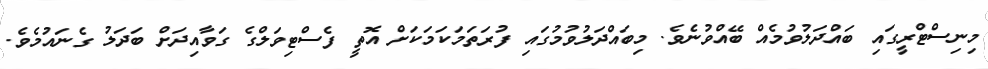
މިނިސްޓްރީގައި ބައްދަލުވުމެއް ބޭއްވުނެވެ. މިބައްދަލުވުމުގައި ފުރަތަމަކަމަކަށް އޮތީ ފެސްޓިވަލްގެ ގަވާއިދަށް ބަދަލު ގެނައުމެވެ.